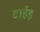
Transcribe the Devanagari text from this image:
टाईड़